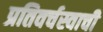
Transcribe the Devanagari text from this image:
प्रतिवर्चस्वाची